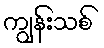
ကျွန်းသစ်